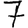
Digit: 7